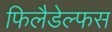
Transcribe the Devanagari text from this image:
फिलैडेल्फस